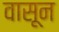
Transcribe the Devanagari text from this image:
वासून